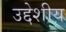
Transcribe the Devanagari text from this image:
उद्देशीय